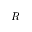
R